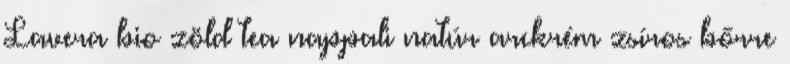
Lavera bio zöld tea nappali natúr arckrém zsíros bőrre